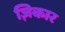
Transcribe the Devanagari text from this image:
ज़िकार